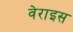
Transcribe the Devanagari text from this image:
वेराइस